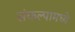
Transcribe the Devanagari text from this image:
संकल्पामध्ये